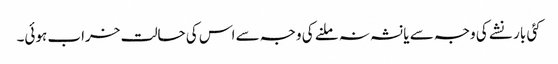
کئی بار نشے کی وجہ سے یا نشہ نہ ملنے کی وجہ سے اس کی حالت خراب ہوئی۔